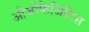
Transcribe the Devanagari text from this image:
ओजोफैजिटिस